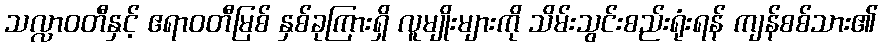
သလ္လာဝတီနှင့် ဧရာဝတီမြစ် နှစ်ခုကြားရှိ လူမျိုးများကို သိမ်းသွင်းစည်းရုံးရန် ကျန်စစ်သား၏